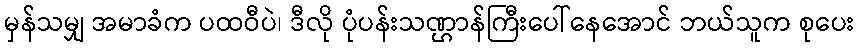
မှန်သမျှ အမာခံက ပထဝီပဲ၊ ဒီလို ပုံပန်းသဏ္ဌာန်ကြီးပေါ်နေအောင် ဘယ်သူက စုပေး